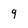
Character: 9